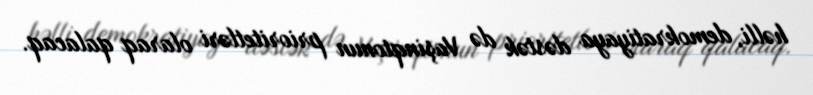
həlli, demokratiyaya dəstək də Vaşinqtonun prioritetləri olaraq qalacaq.